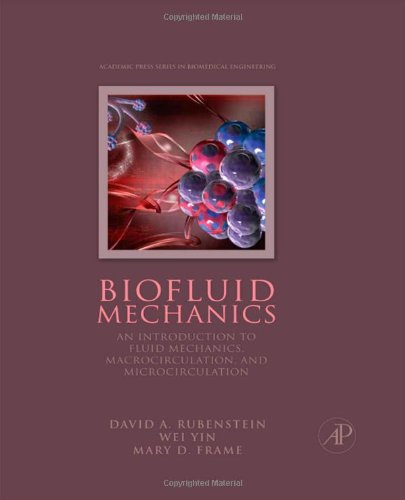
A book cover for Biofluid Mechanics: An Introduction to Fluid Mechanics, Macrocirculation, and Microcirculation (Biomedical Engineering); David Rubenstein Ph.D.  Biomedical Engineering  Stony Brook University; Science & Math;